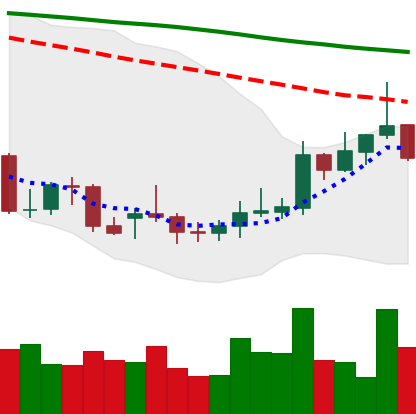
Ticker: XMR-USD
Chart end date: 2021-12-28
Forward return: 14.639%
Label: up_7plus